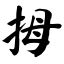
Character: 拇